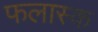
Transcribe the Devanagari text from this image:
फलास्क